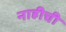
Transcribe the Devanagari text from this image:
नाहीची